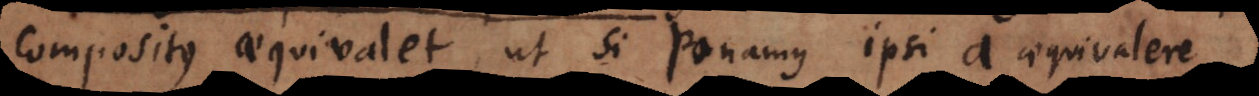
compositus aequivalet, ut si ponamus ipsi a aequivalere